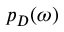
p _ { D } ( \omega )